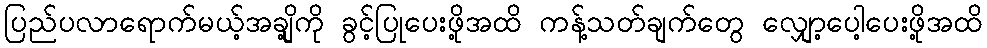
ပြည်ပလာရောက်မယ့်အချို့ကို ခွင့်ပြုပေးဖို့အထိ ကန့်သတ်ချက်တွေ လျှော့ပေါ့ပေးဖို့အထိ